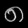
Digit: ၈